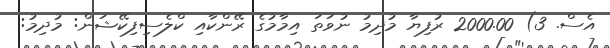
އެސް. 3) 2000.00 ރުފިޔާ މުދިމު ނުވަތަ އިމާމުގެ ރޭންކާއި ކްލެސިފިކޭޝަން: މުދިމު: